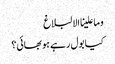
وما علینا الالبلاغ
کیا بول رہے ہو بھائی؟